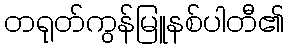
တရုတ်ကွန်မြူနစ်ပါတီ၏